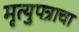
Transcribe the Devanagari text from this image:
मृत्युपत्राचा